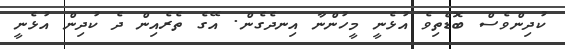
ކުދިންވެސް ބޮޑެތިވެ އުޅެނީ މީހުންނާ އިނދެގެން. އޭގެ ތެރެއިން ދެ ކުދިން އުޅެނީ